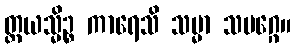
တ္တယသ္မိဉ္စ ကာရေသိ သမ္မာ သမဂ္ဂေ။